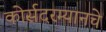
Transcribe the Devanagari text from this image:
कोर्सदरम्यानचे